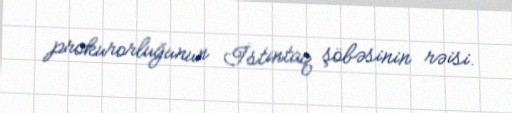
prokurorluğunun İstintaq şöbəsinin rəisi.